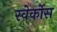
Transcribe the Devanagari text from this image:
स्वेर्कोस